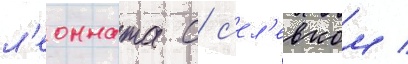
л'еонната с с'ел'евком /